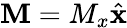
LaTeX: \mathbf{M}=M_{x}\hat{\mathbf{x}}